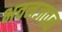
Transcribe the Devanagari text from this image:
भवनजवळ